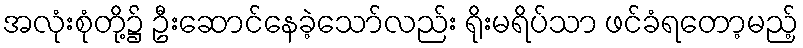
အလုံးစုံတို့၌ ဦးဆောင်နေခဲ့သော်လည်း ရိုးမရိပ်သာ ဖင်ခံရတော့မည့်